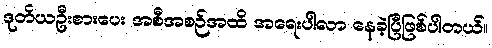
ဒုတိယဦးစားပေး အစီအစဉ်အထိ အရေးပါလာ နေခဲ့ပြီဖြစ်ပါတယ်။